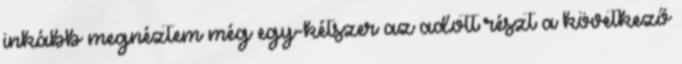
inkább megnéztem még egy-kétszer az adott részt a következő